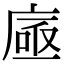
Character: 𢉗